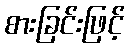
စားခြင်းဖြင့်